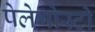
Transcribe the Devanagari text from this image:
पेलेगोस्टो